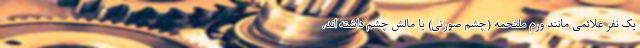
یک نفر علائمی مانند ورم ملتحمه (چشم صورتی) یا مالش چشم داشته اند.